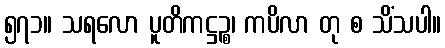
၅၇၁။ သရလော ပူတိကဋ္ဌဉ္စ၊ ကပိလာ တု စ သိံသပါ။